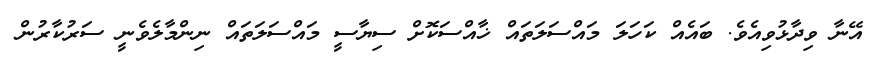
އޭނާ ވިދާޅުވިއެވެ. ބައެއް ކަހަލަ މައްސަލަތައް ޚާއްސަކޮށް ސިޔާސީ މައްސަލަތައް ނިންމާލެވެނީ ސަރުކާރުން